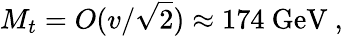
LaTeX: M_{t}=O(v/{\sqrt{2}})\approx 174{\mathrm{~GeV}}~,